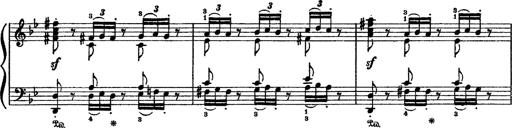
Title: Sarabande und Chaconne aus dem Singspiel
Composer: Franz Liszt